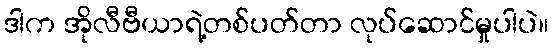
ဒါက အိုလီဗီယာရဲ့တစ်ပတ်တာ လုပ်ဆောင်မှုပါပဲ။